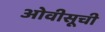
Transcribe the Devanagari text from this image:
ओवीसूची